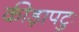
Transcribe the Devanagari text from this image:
कीड़ापटुः